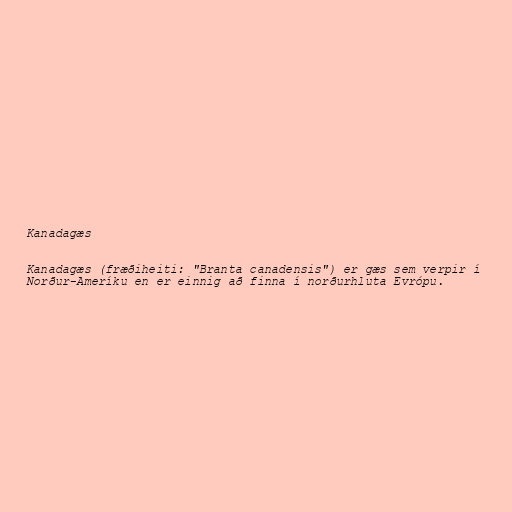
Kanadagæs

Kanadagæs (fræðiheiti: "Branta canadensis") er gæs sem verpir í
Norður-Ameríku en er einnig að finna í norðurhluta Evrópu.